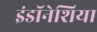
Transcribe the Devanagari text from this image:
इंडॉनेशिया